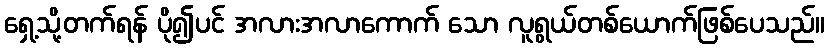
ရှေ့သို့တက်ရန် ပို၍ပင် အလားအလာကောက် သော လူရွယ်တစ်ယောက်ဖြစ်ပေသည်။